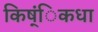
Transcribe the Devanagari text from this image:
किष्ंिकधा